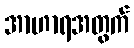
အာဟာရအတွက်